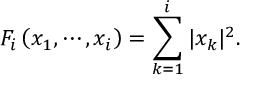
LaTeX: F _ { i } \left( x _ { 1 } , \cdots , x _ { i } \right) = \sum _ { k = 1 } ^ { i } | x _ { k } | ^ { 2 } .